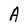
Character: A